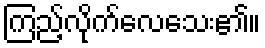
ကြည့်လိုက်လေသေး၏။